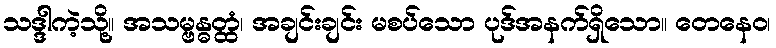
သဒ္ဒါကဲ့သို့။ အသမ္ဗန္ဓတ္ထံ၊ အချင်းချင်း မစပ်သော ပုဒ်အနက်ရှိသော။ တေနေဝ၊